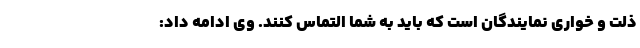
ذلت و خواری نمایندگان است که باید به شما التماس کنند. وی ادامه داد: